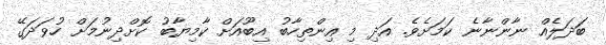
ބަދަލެއް ނާންނާނެ ކަމަށެވެ. އަދި މި އިންތިހާބު އިބޫއަށް ކާމިޔާބު ކޮށްދިނުމަށް ހުވަދަގޭ